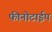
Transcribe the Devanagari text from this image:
फीनोटाईप